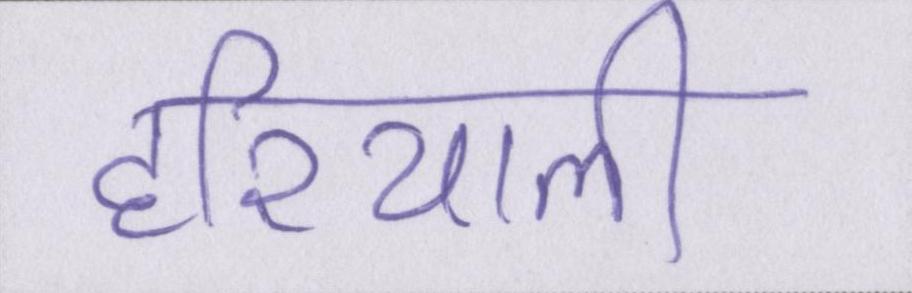
हरियाली